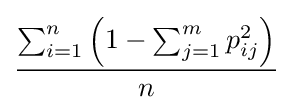
{\dfrac {\sum _{i=1}^{n}\left(1-\sum _{j=1}^{m}p_{ij}^{2}\right)}{n}}